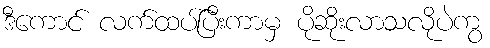
ဒီကောင် လက်ထပ်ပြီးကာမှ ပိုဆိုးလာသလိုပဲကွ